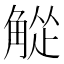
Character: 𬢘